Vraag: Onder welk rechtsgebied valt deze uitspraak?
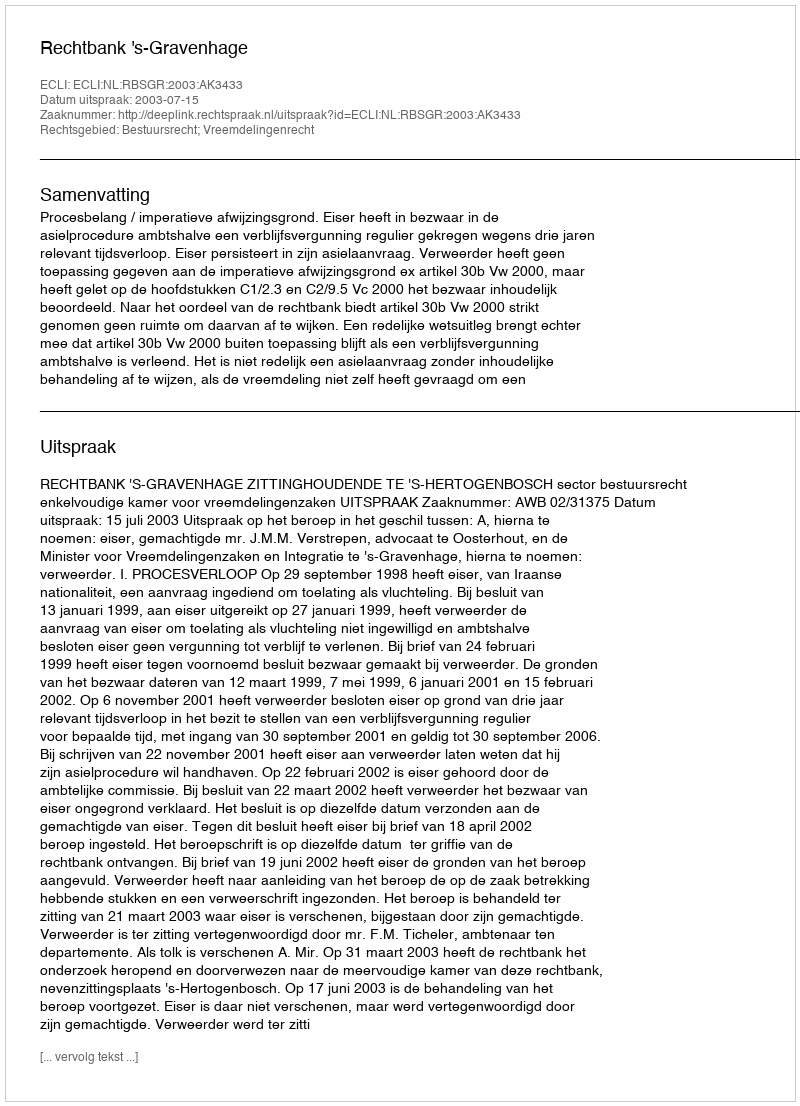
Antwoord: Bestuursrecht; Vreemdelingenrecht